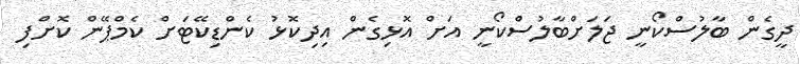
ދީގެން ބާލުސްކޯނީ ޖަލަށްބާލުސްކޯނީ އަށް އޮޅިގެން އިދިކޮޅު ކެންޑިކޭޓަށް ކެމްޕޭން ކޮށްފި